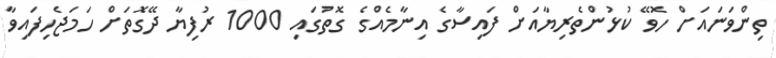
ތިންވަނައަށް ހޮވޭ ކުޅުންތެރިޔާއަށް ފައިސާގެ އިނާމެއްގެ ގޮތުގައި 1000 ރުފިޔާ ދޭގޮތަށް ހަމަޖެހިފައިވާ